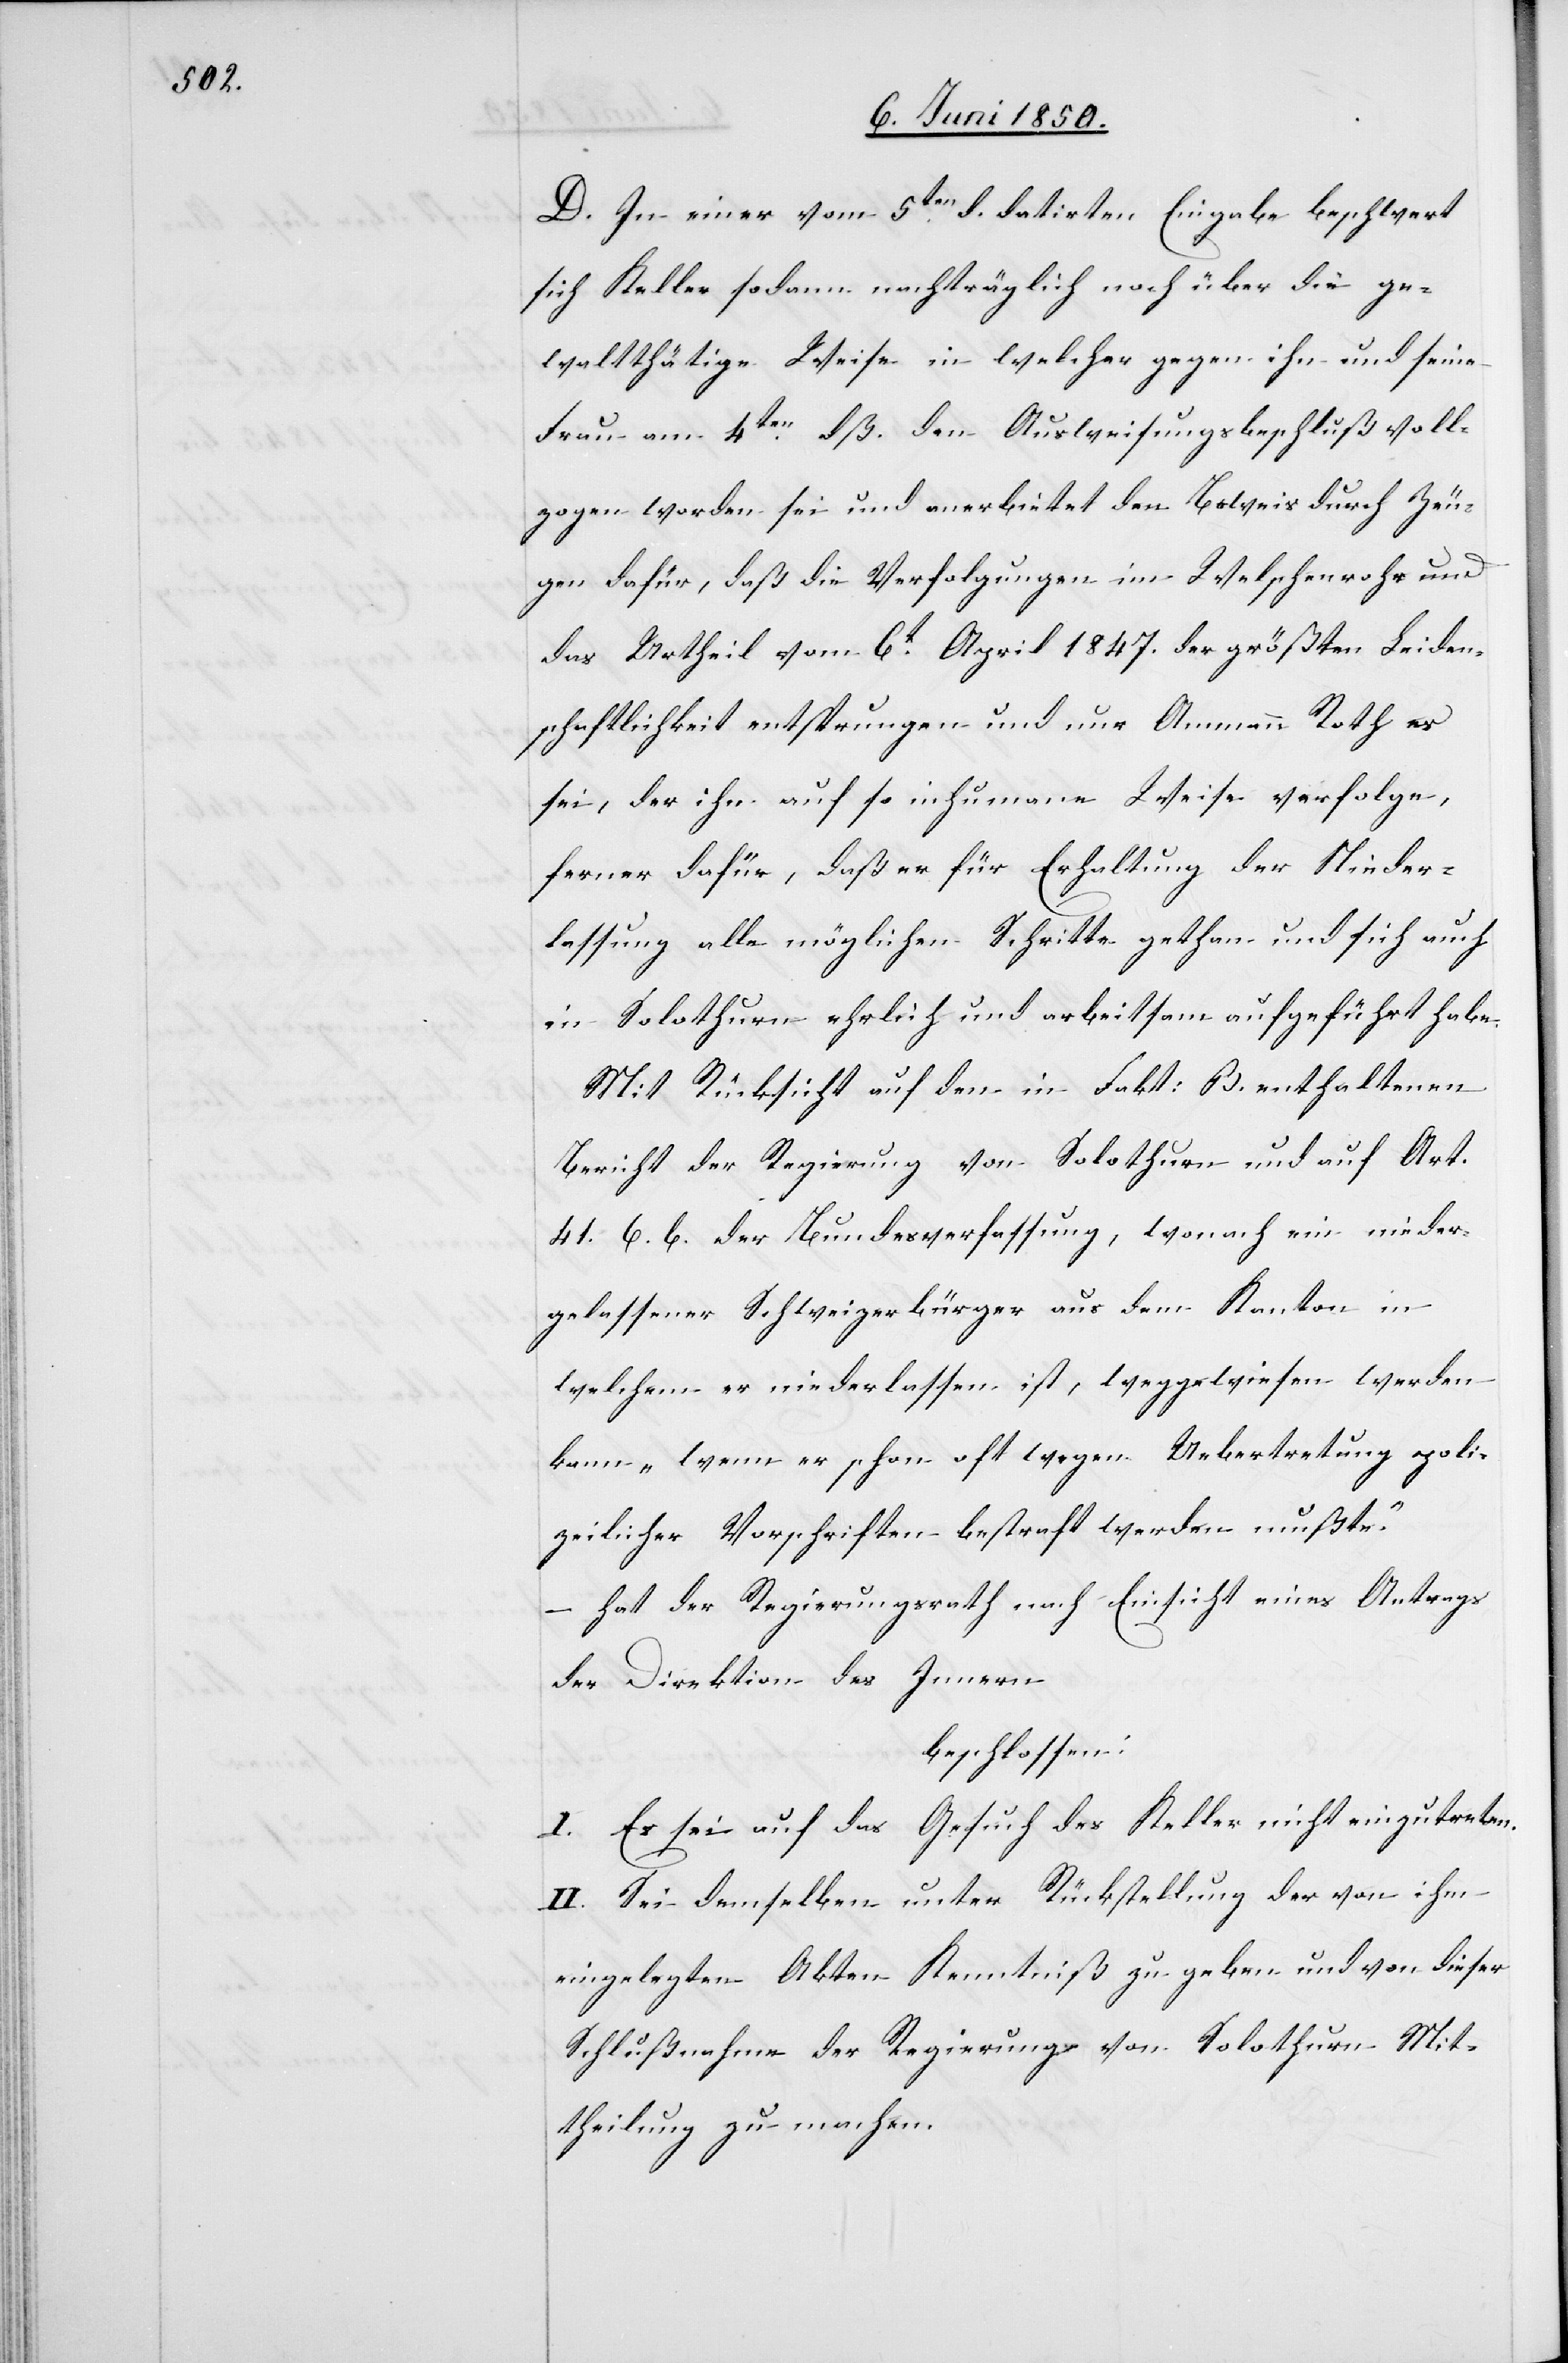
D. In einer vom 5ten d. datirten Eingabe beschwert
sich Keller sodann nachträglich noch über die ge¬
waltthätige Weise in welcher gegen ihn und seine
Frau am 4ten dß. den [recte: der] Ausweisungsbeschluß voll¬
zogen worden sei und anerbietet den Beweis durch Zeu¬
gen dafür, daß die Verfolgungen im Welschenrohr und
das Urtheil vom 6t April 1847. der größten Leiden¬
schaftlichkeit entsprungen und nur Ammann Roth es
sei, der ihn auf so inhumane Weise verfolge,
ferner dafür, daß er für Erhaltung der Nieder¬
lassung alle möglichen Schritte gethan und sich auch
in Solothurn ehrlich und arbeitsam aufgeführt habe.
Mit Rücksicht auf den in Fakt: B. enthaltenen
Bericht der Regierung von Solothurn und auf Art.
41. 6. b. der Bundesverfassung, wonach ein nieder¬
gelassener Schweizerbürger aus dem Kanton in
welchem er niederlassen ist, weggewiesen werden
kann „wenn er schon oft wegen Uebertretung poli¬
zeilicher Vorschriften bestraft werden mußte.“
– hat der Regierungsrath nach Einsicht eines Antrags
der Direktion des Innern
beschlossen:
I. Es sei auf das Gesuch des Keller nicht einzutreten.
II. Sei demselben unter Rückstellung der von ihm
eingelegten Akten Kenntniß zu geben und von dieser
Schlußnahme der Regierung von Solothurn Mit¬
theilung zu machen.